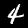
Digit: 4